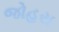
જોહરા